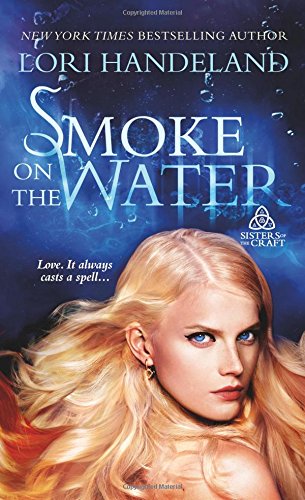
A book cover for Smoke on the Water (Sisters of the Craft); Lori Handeland; Romance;